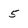
Character: 5